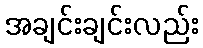
အချင်းချင်းလည်း